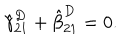
LaTeX: \hat { \gamma } _ { 2 1 } ^ { D } + \hat { \beta } _ { 2 1 } ^ { D } = 0 .